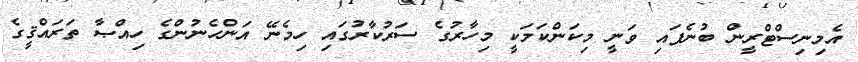
އެމިނިސްޓްރީން ބުނެފައި ވަނީ މިކަންކަމަކީ މިހާރުގެ ސަރުކާރުގައި ހިމެނޭ އަންހެނުންގެ ހިއްޞާ ތަރައްޤީގެ